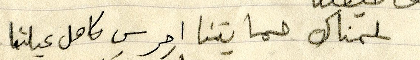
سلمناك حمايتنا احرس كامل عيلتنا